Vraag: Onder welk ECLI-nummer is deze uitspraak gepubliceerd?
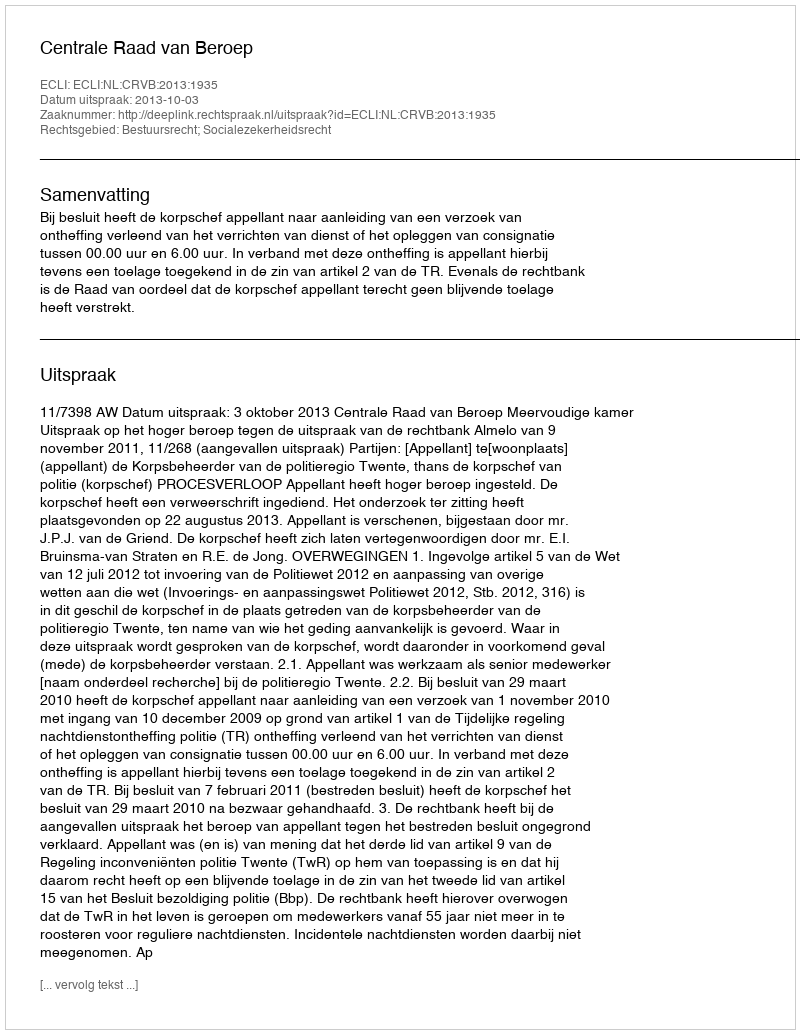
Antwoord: ECLI:NL:CRVB:2013:1935